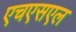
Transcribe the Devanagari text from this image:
एचएसएल